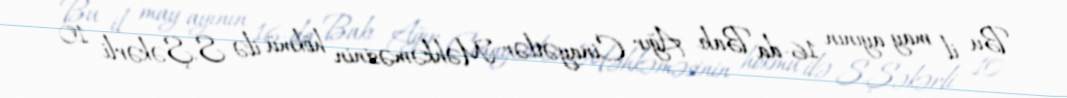
Bu il may ayının 16-da Bakı Ağır Cinayətlər Məhkəməsinin hökmü ilə S.Şəkərli 10